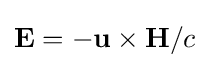
\mathbf {E} =-\mathbf {u} \times \mathbf {H} /c